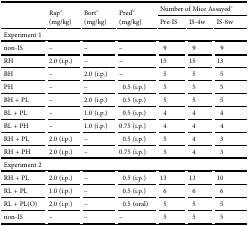
<table><thead><tr><td rowspan="2"></td><td rowspan="2"><b>Rapa (mg/kg)</b></td><td rowspan="2"><b>Borta (mg/kg)</b></td><td rowspan="2"><b>Predb (mg/kg)</b></td><td colspan="3"><b>Number of Mice Assayedc</b></td></tr><tr><td><b>Pre-IS</b></td><td><b>IS-4w</b></td><td><b>IS-8w</b></td></tr></thead><tbody><tr><td colspan="7"><b>Experiment 1</b></td></tr><tr><td>non-IS</td><td>–</td><td>–</td><td>–</td><td>9</td><td>9</td><td>9</td></tr><tr><td>RH</td><td>2.0 (i.p.)</td><td>–</td><td>–</td><td>15</td><td>15</td><td>13</td></tr><tr><td>BH</td><td>–</td><td>2.0 (i.p.)</td><td>–</td><td>5</td><td>5</td><td>5</td></tr><tr><td>PH</td><td>–</td><td>–</td><td>0.5 (i.p.)</td><td>5</td><td>5</td><td>5</td></tr><tr><td>BH + PL</td><td>–</td><td>2.0 (i.p.)</td><td>0.5 (i.p.)</td><td>5</td><td>5</td><td>5</td></tr><tr><td>BL + PL</td><td>–</td><td>1.0 (i.p.)</td><td>0.5 (i.p.)</td><td>4</td><td>4</td><td>4</td></tr><tr><td>BL + PH</td><td>–</td><td>1.0 (i.p.)</td><td>0.75 (i.p.)</td><td>4</td><td>4</td><td>4</td></tr><tr><td>RH + PL</td><td>2.0 (i.p.)</td><td>–</td><td>0.5 (i.p.)</td><td>5</td><td>4</td><td>3</td></tr><tr><td>RH + PH</td><td>2.0 (i.p.)</td><td>–</td><td>0.75 (i.p.)</td><td>5</td><td>4</td><td>3</td></tr><tr><td colspan="7"><b>Experiment 2</b></td></tr><tr><td>RH + PL</td><td>2.0 (i.p.)</td><td>–</td><td>0.5 (i.p.)</td><td>13</td><td>13</td><td>10</td></tr><tr><td>RL + PL</td><td>1.0 (i.p.)</td><td>–</td><td>0.5 (i.p.)</td><td>6</td><td>6</td><td>6</td></tr><tr><td>RL + PL(O)</td><td>2.0 (i.p.)</td><td>–</td><td>0.5 (oral)</td><td>5</td><td>5</td><td>5</td></tr><tr><td>non-IS</td><td>–</td><td>–</td><td>–</td><td>5</td><td>5</td><td>5</td></tr></tbody></table>